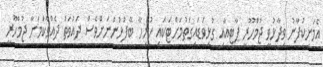
އެމަނިކުފާނު ވިދާޅުވީ ޖުމްހޫރީ ޕާޓީއާއި ގުޅިވަޑައިގަތުމަށްޓަކައި ހުރިހާ ބޭފުޅުންނަށްވެސް ދައުވަތު ދެއްވާކަމަށާ ޖުމްހޫރީ